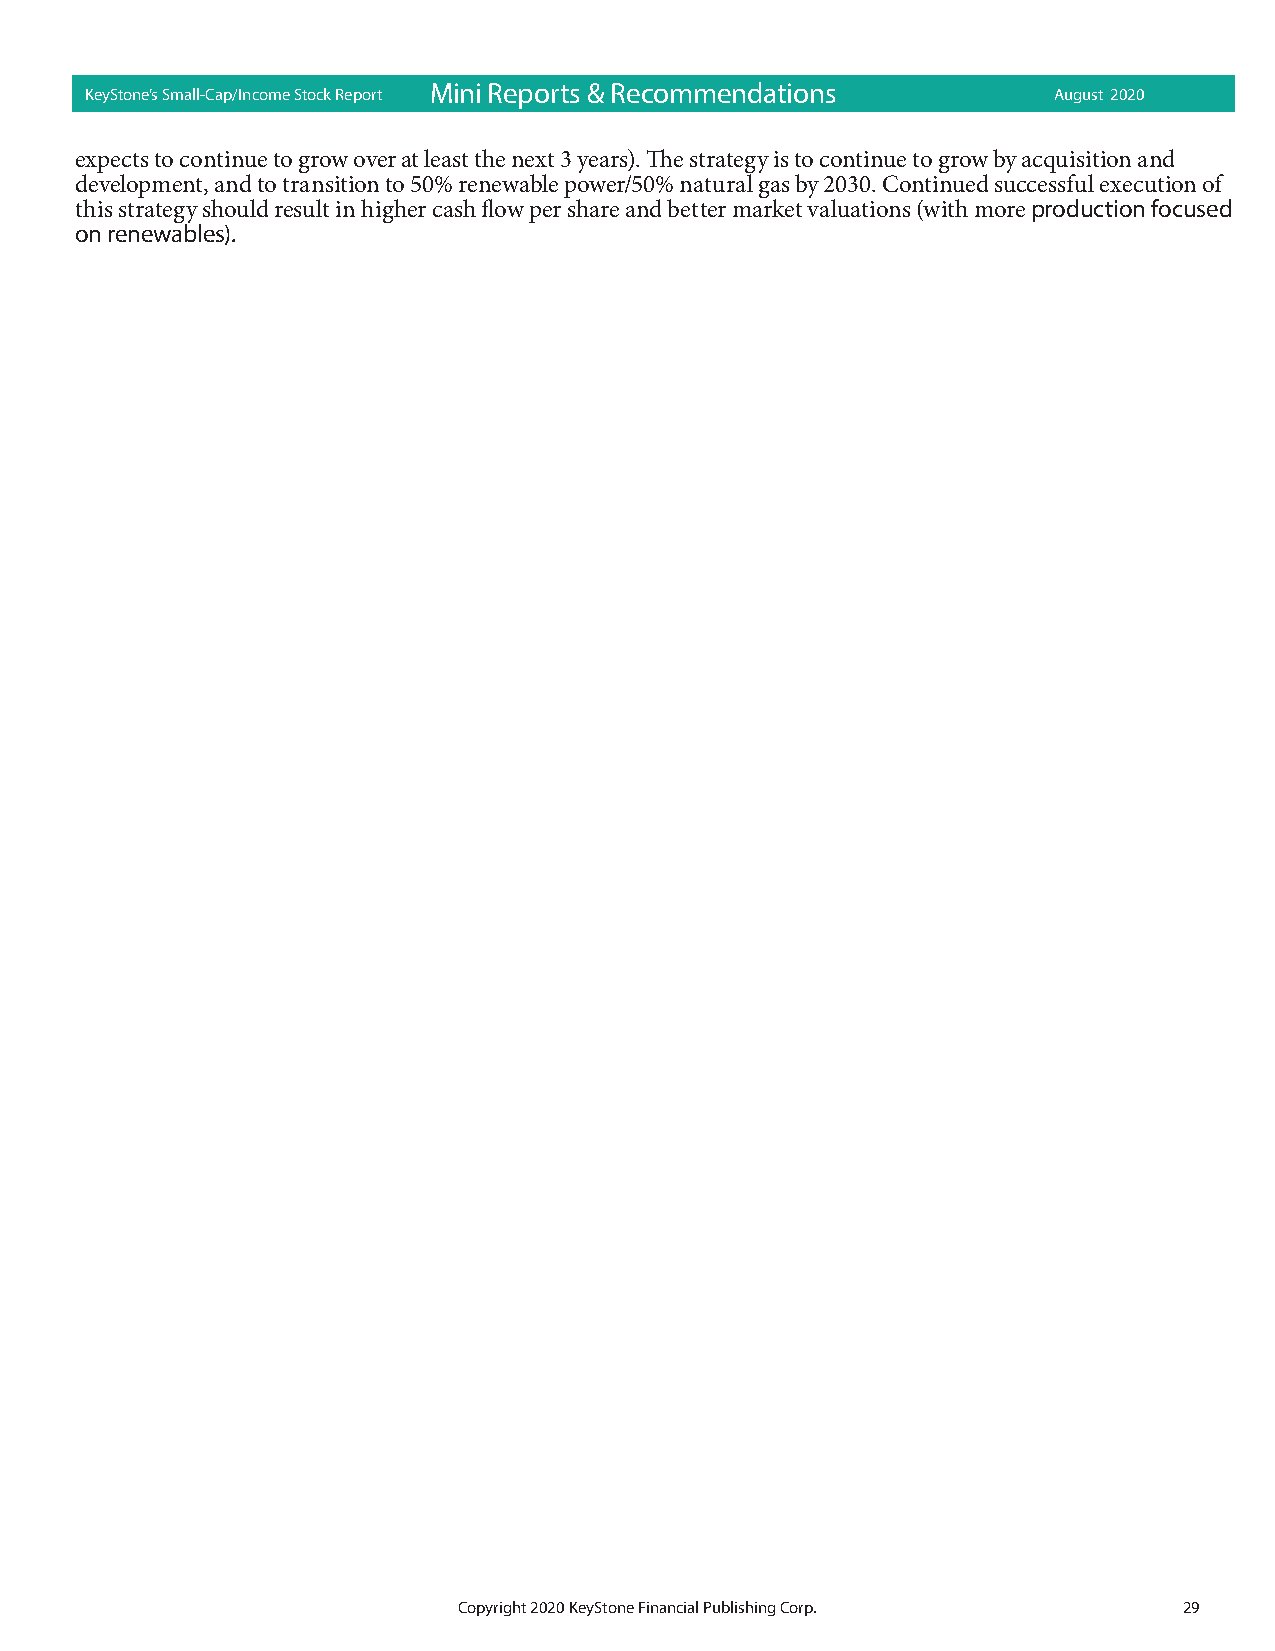
KeyStone’s Small-Cap/Income Stock Report Mi ni Rep orts & Recom mend ations August 2020
 expects to continue to grow over at least the next 3 years). The strategy is to continue to grow by acquisition and
 development, and to transition to 50% renewable power/50% natural gas by 2030. Continued successful execution of
 this strategy should result in higher cash flow per share and better market valuations (with more production focused
 on renewables).
 Copyright 2020 KeyStone Financial Publishing Corp. 29